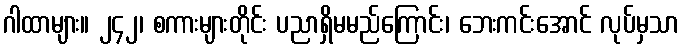
ဂါထာများ။ ၂၄၂၊ စကားများတိုင်း ပညာရှိမမည်ကြောင်း၊ ဘေးကင်းအောင် လုပ်မှသာ